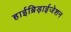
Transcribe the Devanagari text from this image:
हाईब्रिड़ाईजेशन